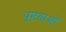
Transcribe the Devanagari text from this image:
धृष्टताओं